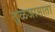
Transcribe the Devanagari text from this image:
तुळजामाता